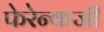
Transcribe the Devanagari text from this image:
फेरेन्कजी